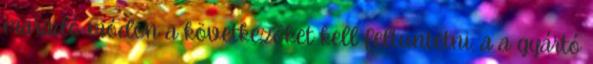
maradó módon a következõket kell feltüntetni: a a gyártó